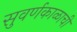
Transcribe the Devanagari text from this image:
सुवर्णकाळाची